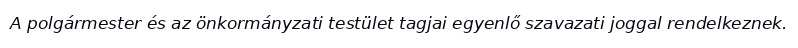
A polgármester és az önkormányzati testület tagjai egyenlő szavazati joggal rendelkeznek.